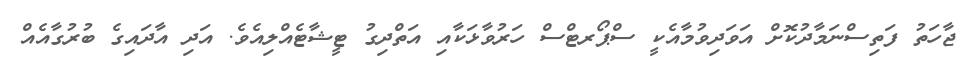
ޖާހަތު ފަތިސްނަމާދުކޮށް އަވަދިވުމާއެކީ ސްޕޯރޓްސް ހަރުވާޅަކާއި އަތްދިގު ޓީޝާޓެއްލިއެވެ. އަދި އާދައިގެ ބުރުގާއެއް